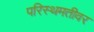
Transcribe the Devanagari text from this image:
परिस्थमतीवर